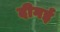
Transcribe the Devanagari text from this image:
दीगई